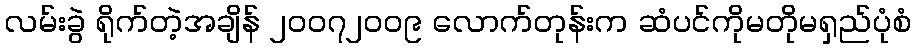
လမ်းခွဲ ရိုက်တဲ့အချိန် ၂၀၀၇၂၀၀၉ လောက်တုန်းက ဆံပင်ကိုမတိုမရှည်ပုံစံ